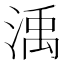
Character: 渪